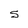
Character: S